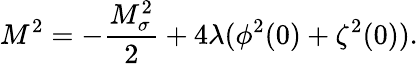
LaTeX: M^{2}=-\frac{M_{\sigma}^{2}}{2}+4\lambda(\phi^{2}(0)+\zeta^{2}(0)).